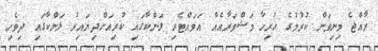
ރާއްޖެ މިނިވަން ކުރުމުގެ ހުރިހާ މަޝްވަރާއެއް އަވައްޓެރި ލަންކާގައި ކުރިއަށްދިޔައިރު ލަންކާގައި ދިވެހި